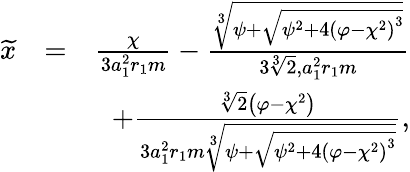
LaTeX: \begin{array}{rlr}{\widetilde x}&{=}&{\frac{\chi}{3a_{1}^{2}r_{1}m}-\frac{\sqrt[3]{\psi+\sqrt{\psi^{2}+4\left(\varphi-\chi^{2}\right)^{3}}}}{3\sqrt[3]{2},a_{1}^{2}r_{1}m}}\\ &{}&{+\frac{\sqrt[3]{2}\left(\varphi-\chi^{2}\right)}{3a_{1}^{2}r_{1}m\sqrt[3]{\psi+\sqrt{\psi^{2}+4\left(\varphi-\chi^{2}\right)^{3}}}},}\end{array}